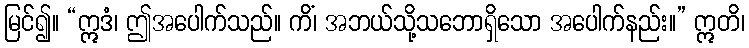
မြင်၍။ “ဣဒံ၊ ဤအပေါက်သည်။ ကိံ၊ အဘယ်သို့သဘောရှိသော အပေါက်နည်း။” ဣတိ၊